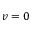
v = 0